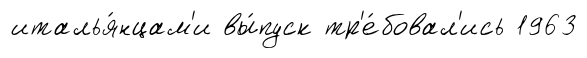
италья́нцам'и вы́пуск тр'е́бовал'ись 1963